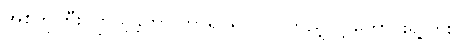
အစ်ကိုကြီး ကြည့်ခဲ့တာ ဘာရုပ်ရုပ်လဲ၊ ကြည့်လို့ ကောင်းရဲ့လား။